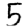
Digit: 5